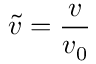
\tilde { v } = \frac { v } { v _ { 0 } }